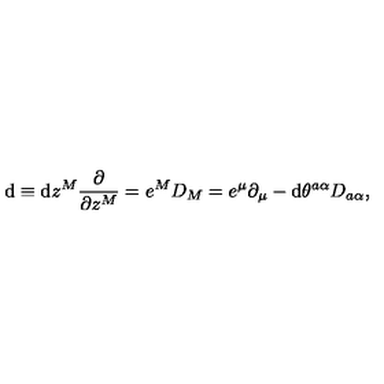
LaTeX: \mathrm { d } \equiv \mathrm { d } z ^ { M } \frac { \partial } { \partial z ^ { M } } = e ^ { M } D _ { M } = e ^ { \mu } \partial _ { \mu } - \mathrm { d } \theta ^ { a \alpha } D _ { a \alpha } ,